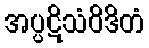
အပ္ပဋိသံဝိဒိတံ